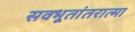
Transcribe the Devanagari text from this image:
सवभूतांतरात्मा